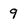
Character: 9